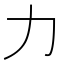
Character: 力